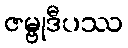
ဇမ္ဗုဒီပဿ